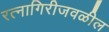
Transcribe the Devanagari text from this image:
रत्‍नागिरीजवळील